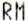
RM